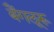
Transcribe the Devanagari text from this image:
बैंगलूरू